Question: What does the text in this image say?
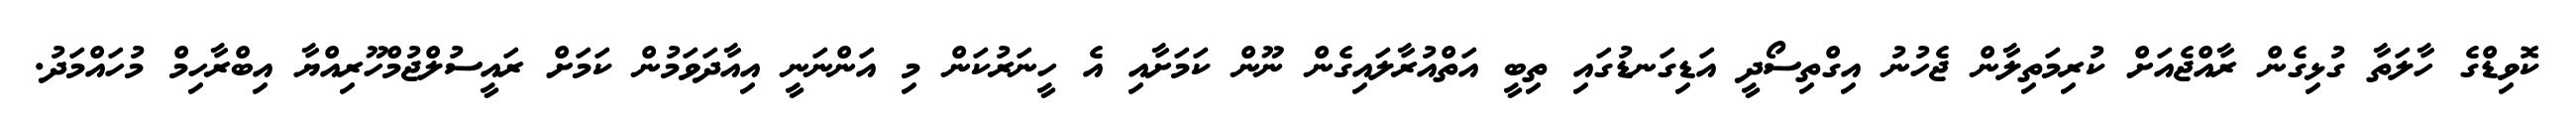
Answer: ކޮވިޑްގެ ހާލަތާ ގުޅިގެން ރާއްޖެއަށް ކުރިމަތިލާން ޖެހުނު އިގްތިސޯދީ އަޑިގަނޑުގައި ތިބީ އަތްއުރާލައިގެން ނޫން ކަމަށާއި އެ ހީނަރުކަން މި އަންނަނީ އިއާދަވަމުން ކަމަށް ރައީސުލްޖުމްހޫރިއްޔާ އިބްރާހިމް މުހައްމަދު.